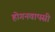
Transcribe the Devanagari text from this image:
होगनवापसी